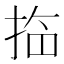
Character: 𱠀